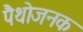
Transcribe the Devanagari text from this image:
पैथोजनक